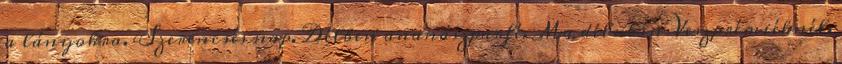
a lányokra. Szerencsés nap. Délben ananászparfé. Ma délután Veszprémiéknél.